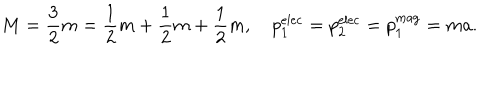
M = { \frac { 3 } { 2 } } m = { \frac { 1 } { 2 } } m + { \frac { 1 } { 2 } } m + { \frac { 1 } { 2 } } m , p _ { 1 } ^ { \mathrm { e l e c } } = p _ { 2 } ^ { \mathrm { e l e c } } = p _ { 1 } ^ { \mathrm { m a g } } = m a .